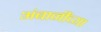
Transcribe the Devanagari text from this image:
अंबानींच्या